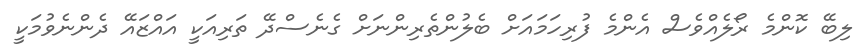
ލިބޭ ކޮންމެ ރޯލެއްވެސް އެންމެ ފުރިހަމައަށް ބެލުންތެރިންނަށް ގެނެސްދޭ ތަރިއަކީ އައްޒައޭ ދެންނެވުމަކީ